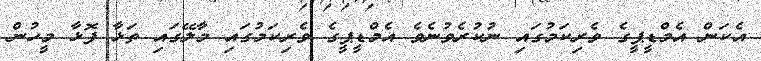
އެކަން އެމްޑީޕީގެ ވެރިކަމުގައި ނުކުރެވުނެވެ އެމްޑީޕީގެ ވެރިކަމުގައި މާލޭގައި ތަޅާ ފޮޅާ މީހުން